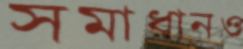
সমাধানও